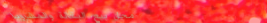
محل بيع البقالة والمشروبا